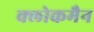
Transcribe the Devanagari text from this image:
क्लोकमैन